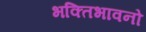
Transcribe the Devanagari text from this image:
भक्तिभावनो